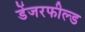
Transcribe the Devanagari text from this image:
डेंजरफील्ड